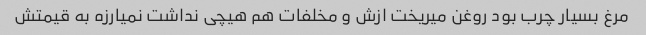
مرغ بسیار چرب بود روغن میریخت ازش و مخلفات هم هیچی نداشت نمیارزه به قیمتش